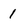
Character: 1